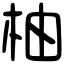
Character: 柚